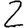
Digit: 2